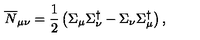
\overline { { N } } _ { \mu \nu } = \frac { 1 } { 2 } \left( \Sigma _ { \mu } \Sigma _ { \nu } ^ { \dagger } - \Sigma _ { \nu } \Sigma _ { \mu } ^ { \dagger } \right) ,